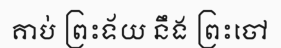
គាប់ ព្រះទ័យ នឹង ព្រះចៅ